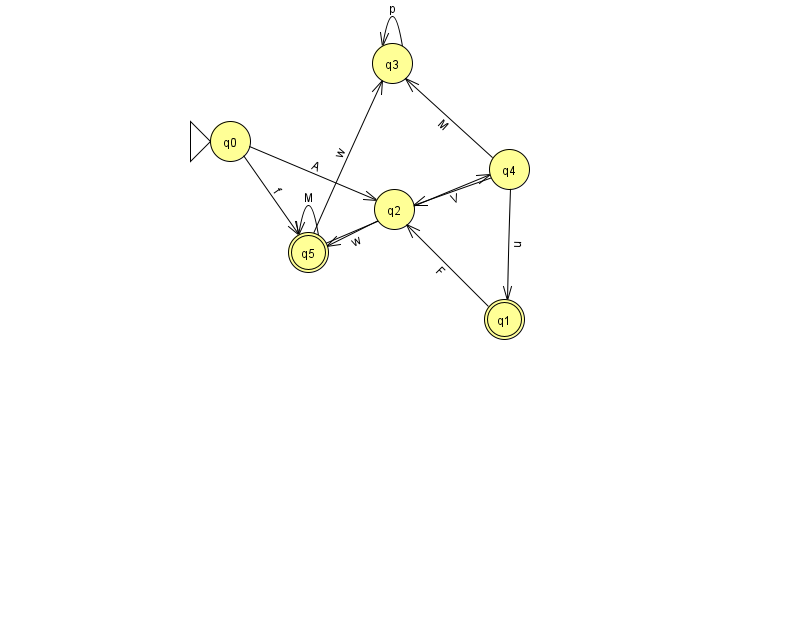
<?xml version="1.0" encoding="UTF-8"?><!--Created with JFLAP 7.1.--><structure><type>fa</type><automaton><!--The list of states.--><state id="0" name="q0"><x>230.0</x><y>128.0</y><initial/></state><state id="1" name="q1"><x>504.0</x><y>306.0</y><final/></state><state id="2" name="q2"><x>394.0</x><y>196.0</y></state><state id="3" name="q3"><x>392.0</x><y>50.0</y></state><state id="4" name="q4"><x>509.0</x><y>156.0</y></state><state id="5" name="q5"><x>308.0</x><y>239.0</y><final/></state><!--The list of transitions.--><transition><from>3</from><to>3</to><read>p</read></transition><transition><from>0</from><to>2</to><read>A</read></transition><transition><from>4</from><to>3</to><read>M</read></transition><transition><from>4</from><to>2</to><read>V</read></transition><transition><from>5</from><to>3</to><read>w</read></transition><transition><from>5</from><to>4</to><read>i</read></transition><transition><from>0</from><to>5</to><read>f</read></transition><transition><from>2</from><to>5</to><read>w</read></transition><transition><from>5</from><to>5</to><read>M</read></transition><transition><from>4</from><to>1</to><read>u</read></transition><transition><from>1</from><to>2</to><read>F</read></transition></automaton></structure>